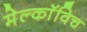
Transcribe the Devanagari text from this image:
मेल्काॅविच